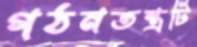
গঠনতন্ত্রটি